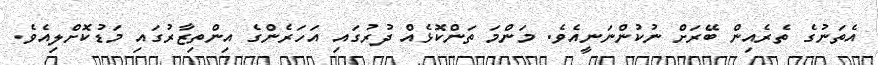
އެތަނުގެ ތެރެއިން ބޭރަށް ނުކުންނަނީއެވެ. މަންމަ ތަންކޮޅެއް ދުރުގައި އަހަރެންގެ އިންތިޒާރުގައި މަޑުކޮށްލިއެވެ.